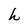
Character: h